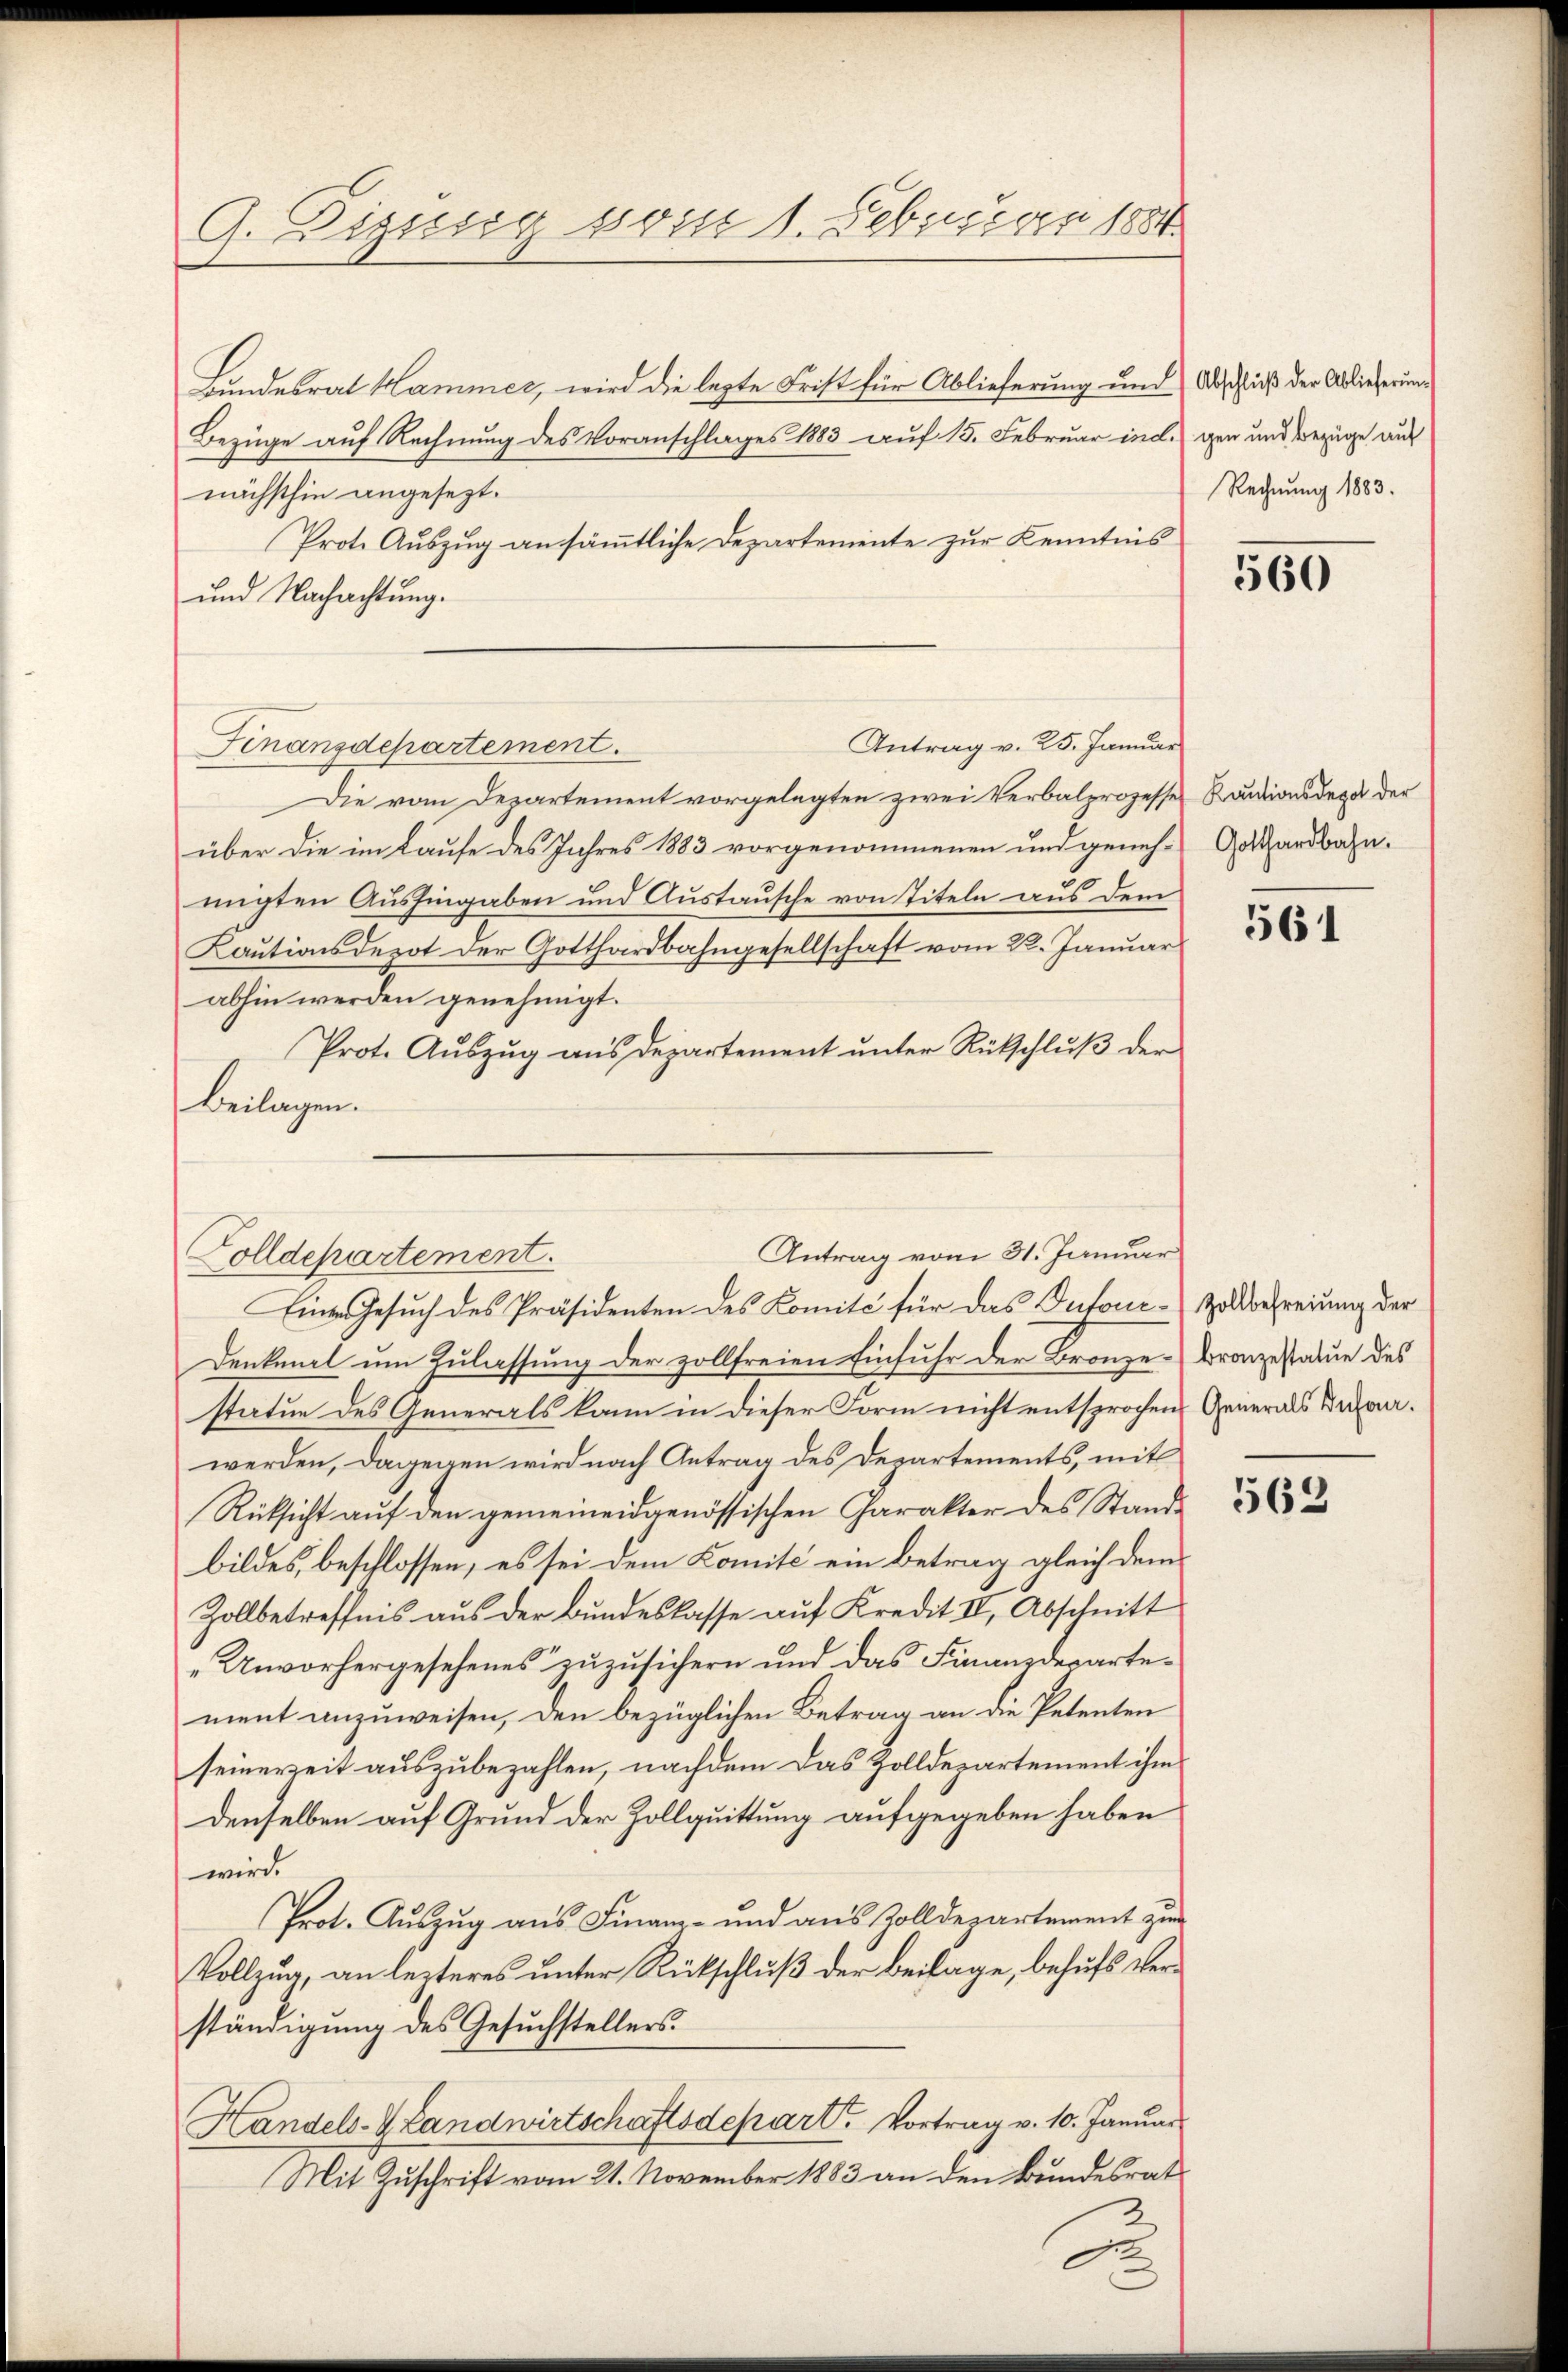
G. Zizung vom 1. Februar 1884.

Landesrat Hammer, wird die lezte Frist für Ablieferung und Abschließ der Ablieferung¬
Bezüge auf Rechnung des Voranschlages 1883 auf 15. Februar indigen und Bezüge aus
nächsthin angesezt.
Prote Auszug an sämtliche Departemente zur Kenntnis
und Nachachtung.
Die vom Departement vorgelegten zwei Verbalprozesse Kautionsdezu der
über die im Laufe des Jahres 1883 vorgenommenen und geneh-Gothardbahn.
migten Aushingaben und Austausche von Titeln aus dem
Kautionsdepot der Gotthardbahngesellschaft vom 22. Januar
abhin werden genehmigt.
Prot. Aŭszŭg aŭs departement ŭnter Rükschlŭβ der
Beilagen.
Eine Gesuch des Präsidenten des Komité für das Dufour-Zollbehreiung der
Denkmal um Zulassung der zollfreien Einfuhr der Bronze-Bronzestatue des
statue des Generals kann in dieser Form nicht entsprochen Generals Berawerden, dagegen wird nach Antrag des Departements, mit
Rüksicht aŭf den gemeineidgenössischen Charakter des Stande
bildes, beschlossen, es sei dem Komité ein Betrag gleich dem
Zollbetreffnis aŭs der Bŭndeslasse aŭf Kredit II, Abschnitt
Unvorhergesehenes zuzusichern und das Finanzdepartement anzuweisen, den bezüglichen Betrag an die Petenten
seinerzeit auszubezahlen, nachdem das Zolldepartement ihm
denselben auf Grund der Zollquittung aufgegeben haben
wird.
Prot. Auszug aus Finanz- und aus Zolldepartement zur
Vollzug, an leiteres unter Rückschluß der Beilage, behufs Verständigung des Gesuchstellers.
Handels- & Landwirtschaftsdepart. Vortrag v. 10. Januar
Mit Zuschrift vom 21. November 1883 an den Bundesrat
2
A

Finanzdepartement.

Antrag v. 25. Januar

Antrag vom 31. Januar
Solldepartement.

Rechnung 1883.

560

561

563